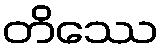
တိဿေ